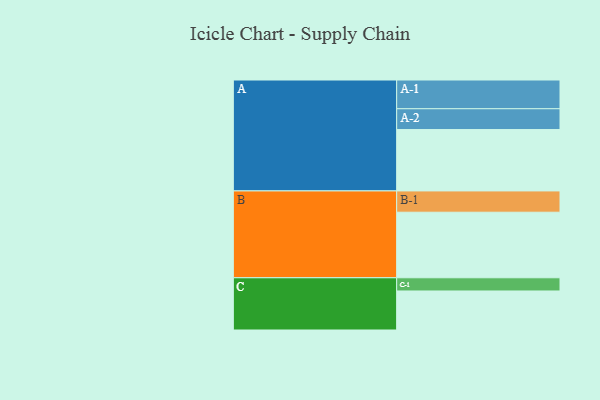
{"axis": {"x": "Segment", "y": "Value"}, "legend": ["", "A", "B", "C"], "data": [{"x": "A", "y": 502, "type": ""}, {"x": "B", "y": 536, "type": ""}, {"x": "C", "y": 319, "type": ""}, {"x": "A-1", "y": 235, "type": "A"}, {"x": "A-2", "y": 170, "type": "A"}, {"x": "B-1", "y": 174, "type": "B"}, {"x": "C-1", "y": 108, "type": "C"}]}